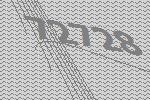
72728